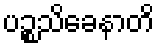
ပဉ္စသိခေနာတိ